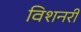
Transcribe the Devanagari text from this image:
विशनरी